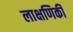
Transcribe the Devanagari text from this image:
लाक्षणिकी